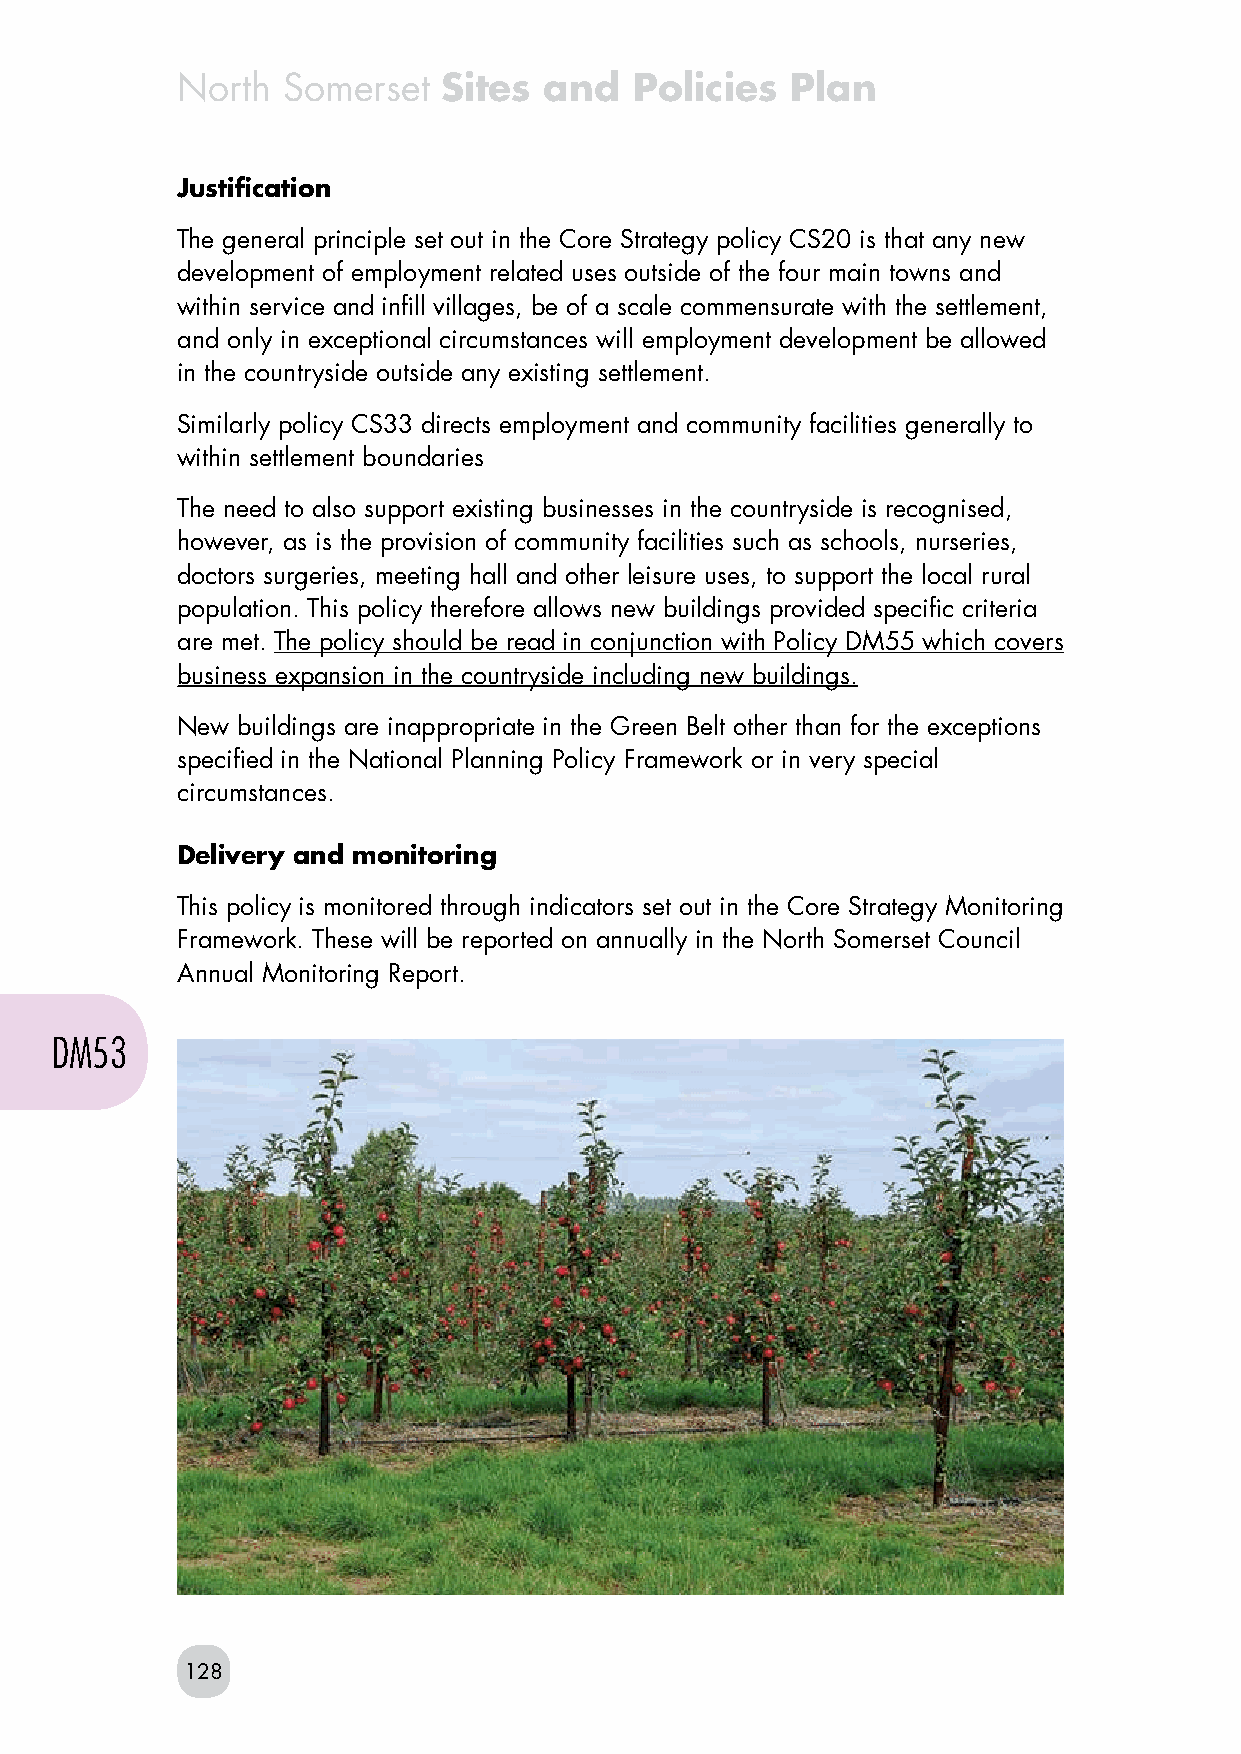
North  Somerset  Sites  and   Policies  Plan
 Justification
 The general principle set out in the Core Strategy policy CS20 is that any new
 development of employment related uses outside of the four main towns and
 within service and infill villages, be of a scale commensurate with the settlement,
 and only in exceptional circumstances will employment development be allowed
 in the countryside outside any existing settlement.
 Similarly policy CS33 directs employment and community facilities generally to
 within settlement boundaries
 The need to also support existing businesses in the countryside is recognised,
 however, as is the provision of community facilities such as schools, nurseries,
 doctors surgeries, meeting hall and other leisure uses, to support the local rural
 population. This policy therefore allows new buildings provided specific criteria
 are met. The policy should be read in conjunction with Policy DM55 which covers
 business expansion in the countryside including new buildings.
 New buildings are inappropriate in the Green Belt other than for the exceptions
 specified in the National Planning Policy Framework or in very special
 circumstances.
 Delivery and monitoring
 This policy is monitored through indicators set out in the Core Strategy Monitoring
 Framework. These will be reported on annually in the North Somerset Council
 Annual Monitoring Report.
 DM53
 128